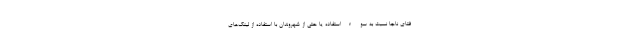
فتای ناجا نسبت به سوءاستفاده یا حتی از شهروندان با استفاده از لینک‌های